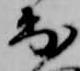
出